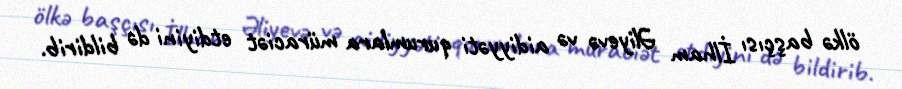
ölkə başçısı İlham Əliyevə və aidiyyəti qurumlara müraciət etdiyini də bildirib.